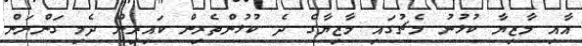
އާއި މާޒިޔާ ކުޅުނު މެޗުގައި މާޒިޔާގެ ދެ ކުޅުންތެރިން ކައިރިން ދެމި ގަންނަން